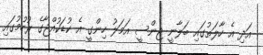
އަދި އެ ހާލަތުގައި ބަލާނީ ޖިންސީ އަމަލު ހިންގީ އެ ކުޑަކުއްޖާގެ ރުހުމުގައި